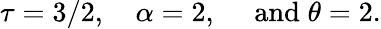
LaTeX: \tau=3/2,~~~~\alpha=2,~~~~\; \textrm{and}\; \theta=2.